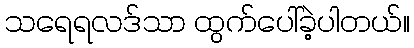
သရေရလဒ်သာ ထွက်ပေါ်ခဲ့ပါတယ်။